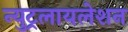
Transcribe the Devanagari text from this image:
न्युट्रलायलेशन